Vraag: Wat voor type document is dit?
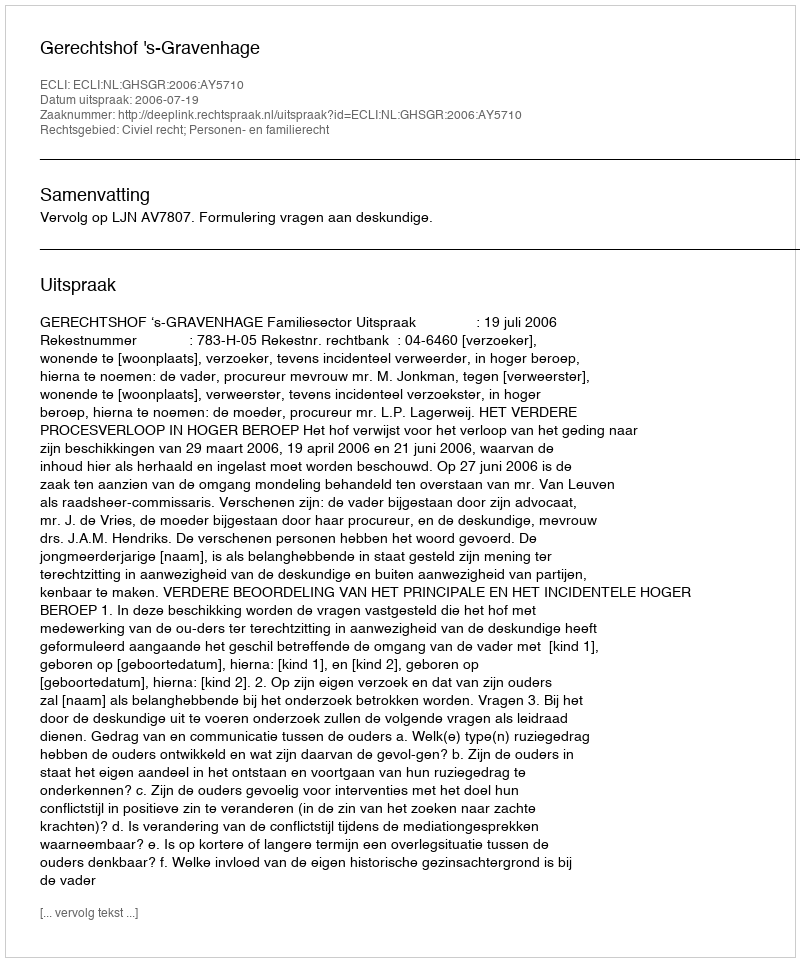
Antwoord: Uitspraak